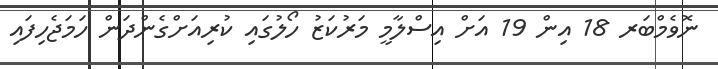
ނޮވެމްބަރ 18 އިން 19 އަށް އިސްލާމީ މަރުކަޒު ހޯލުގައި ކުރިއަށްގެންދަން ހަމަޖެހިފައި